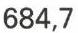
684,7